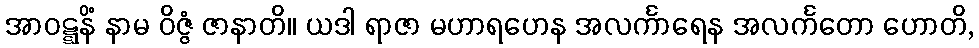
အာဝဋ္ဋနိံ နာမ ဝိဇ္ဇံ ဇာနာတိ။ ယဒါ ရာဇာ မဟာရဟေန အလင်္ကာရေန အလင်္ကတော ဟောတိ,